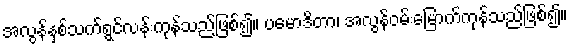
အလွန်နှစ်သက်ရွင်လန်းကုန်သည်ဖြစ်၍။ ပမောဒိတာ၊ အလွန်ဝမ်းမြောက်ကုန်သည်ဖြစ်၍။